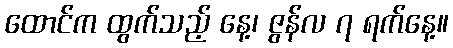
ထောင်က ထွက်သည့် နေ့၊ ဇွန်လ ၇ ရက်နေ့။